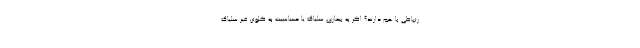
رتباطی با هم دارند؟ اگر به بیماری سلیاک یا حساسیت به گلوتن غیر سلیاک